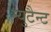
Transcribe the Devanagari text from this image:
म्युटैन्ट